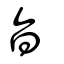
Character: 旨